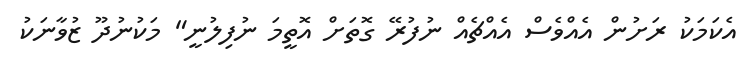
އެކަމަކު ރަށުން އެއްވެސް އެއްޗެއް ނުފުރޭ ގޮތަށް އޮތީމަ ނުފިލުނީ" މަކުނުދޫ ޒުވާނަކު